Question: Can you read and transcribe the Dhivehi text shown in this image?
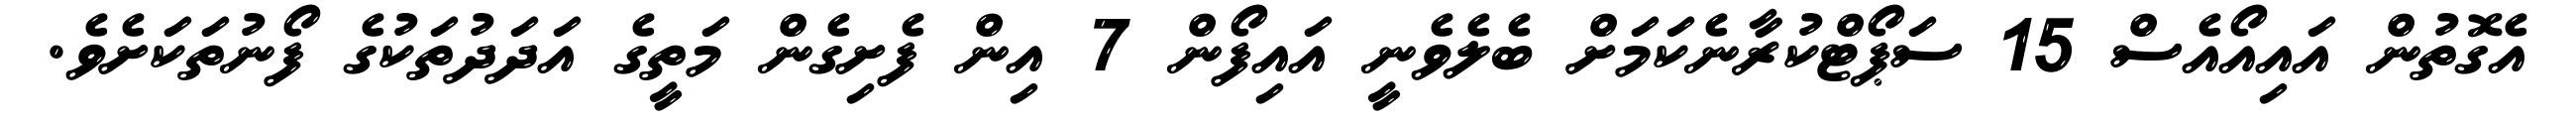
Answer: އެގޮތުން އައިއޯއެސް 15 ސަޕޯޓްކުރާނެކަމަށް ބެލެވެނީ އައިފޯން 7 އިން ފެށިގެން މަތީގެ އަދަދުތަކުގެ ފޯނުތަކަށެވެ.